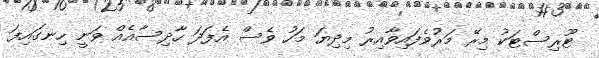
ޓޫރިސްޓަކު މިރޭ މަރުވެފައިވާއިރު މިދިޔަ މަހު ވެސް އެފަދަ ހާދިސާއެއް ވަނީ ހިނގައިފަ